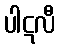
ပါဋလီ